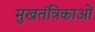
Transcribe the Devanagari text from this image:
मुखतंत्रिकाओं